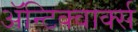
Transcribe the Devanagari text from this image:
ॲन्टिक्वार्क्स